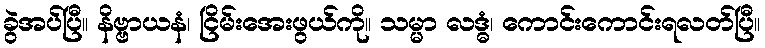
ခွဲအပ်ပြီ။ နိဗ္ဗာယနံ၊ ငြိမ်းအေးဖွယ်ကို။ သမ္မာ လဒ္ဓံ၊ ကောင်းကောင်းရလတ်ပြီ။